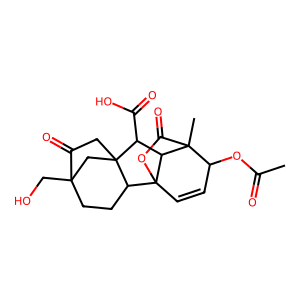
SMILES: CC(=O)OC1C=CC23OC(=O)C1(C)C2C(C(=O)O)C12CC(=O)C(CO)(CCC13)C2
Inhibits HIV replication: No